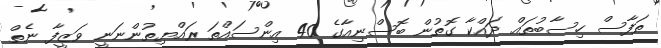
ތަފާސް ހިސާބުތައް ދައްކާ ގޮތުން ބޮސްނިއާގެ 40 އިންސައްތަ ރައްޔިތުންނަނީ ވަޒީފާ ނެތް